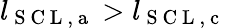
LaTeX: l_{\mathrm{~S~C~L~,~a~}}>l_{\mathrm{~S~C~L~,~c~}}